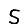
Digit: 5